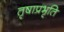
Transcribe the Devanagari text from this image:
तृषाप्रभृति